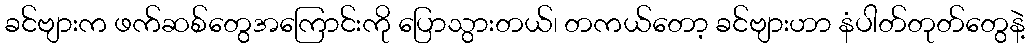
ခင်ဗျားက ဖက်ဆစ်တွေအကြောင်းကို ပြောသွားတယ်၊ တကယ်တော့ ခင်ဗျားဟာ နံပါတ်တုတ်တွေနဲ့